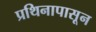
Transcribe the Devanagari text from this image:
प्रथिनापासून